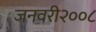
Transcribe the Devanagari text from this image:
जनवरी२००८